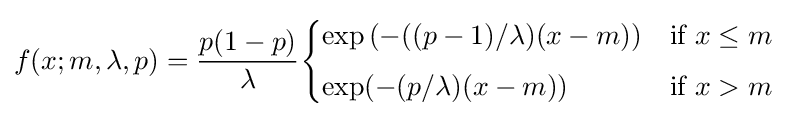
f(x;m,\lambda ,p)={\frac {p(1-p)}{\lambda }}{\begin{cases}\exp \left(-((p-1)/\lambda )(x-m)\right)&{\text{if }}x\leq m\\[4pt]\exp(-(p/\lambda )(x-m))&{\text{if }}x>m\end{cases}}